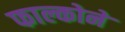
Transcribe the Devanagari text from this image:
फाल्कोने